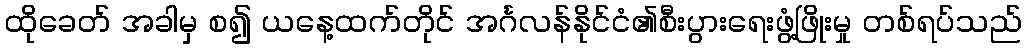
ထိုခေတ် အခါမှ စ၍ ယနေ့ထက်တိုင် အင်္ဂလန်နိုင်ငံ၏စီးပွားရေးဖွံ့ဖြိုးမှု တစ်ရပ်သည်